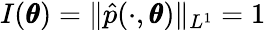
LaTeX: I(\pmb\theta)=\| \hat{p}(\cdot,\pmb\theta)\| _{L^{1}}=1